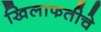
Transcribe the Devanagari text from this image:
खिलाफतीचे